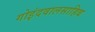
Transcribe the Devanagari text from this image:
गोइंदवालसाहिब